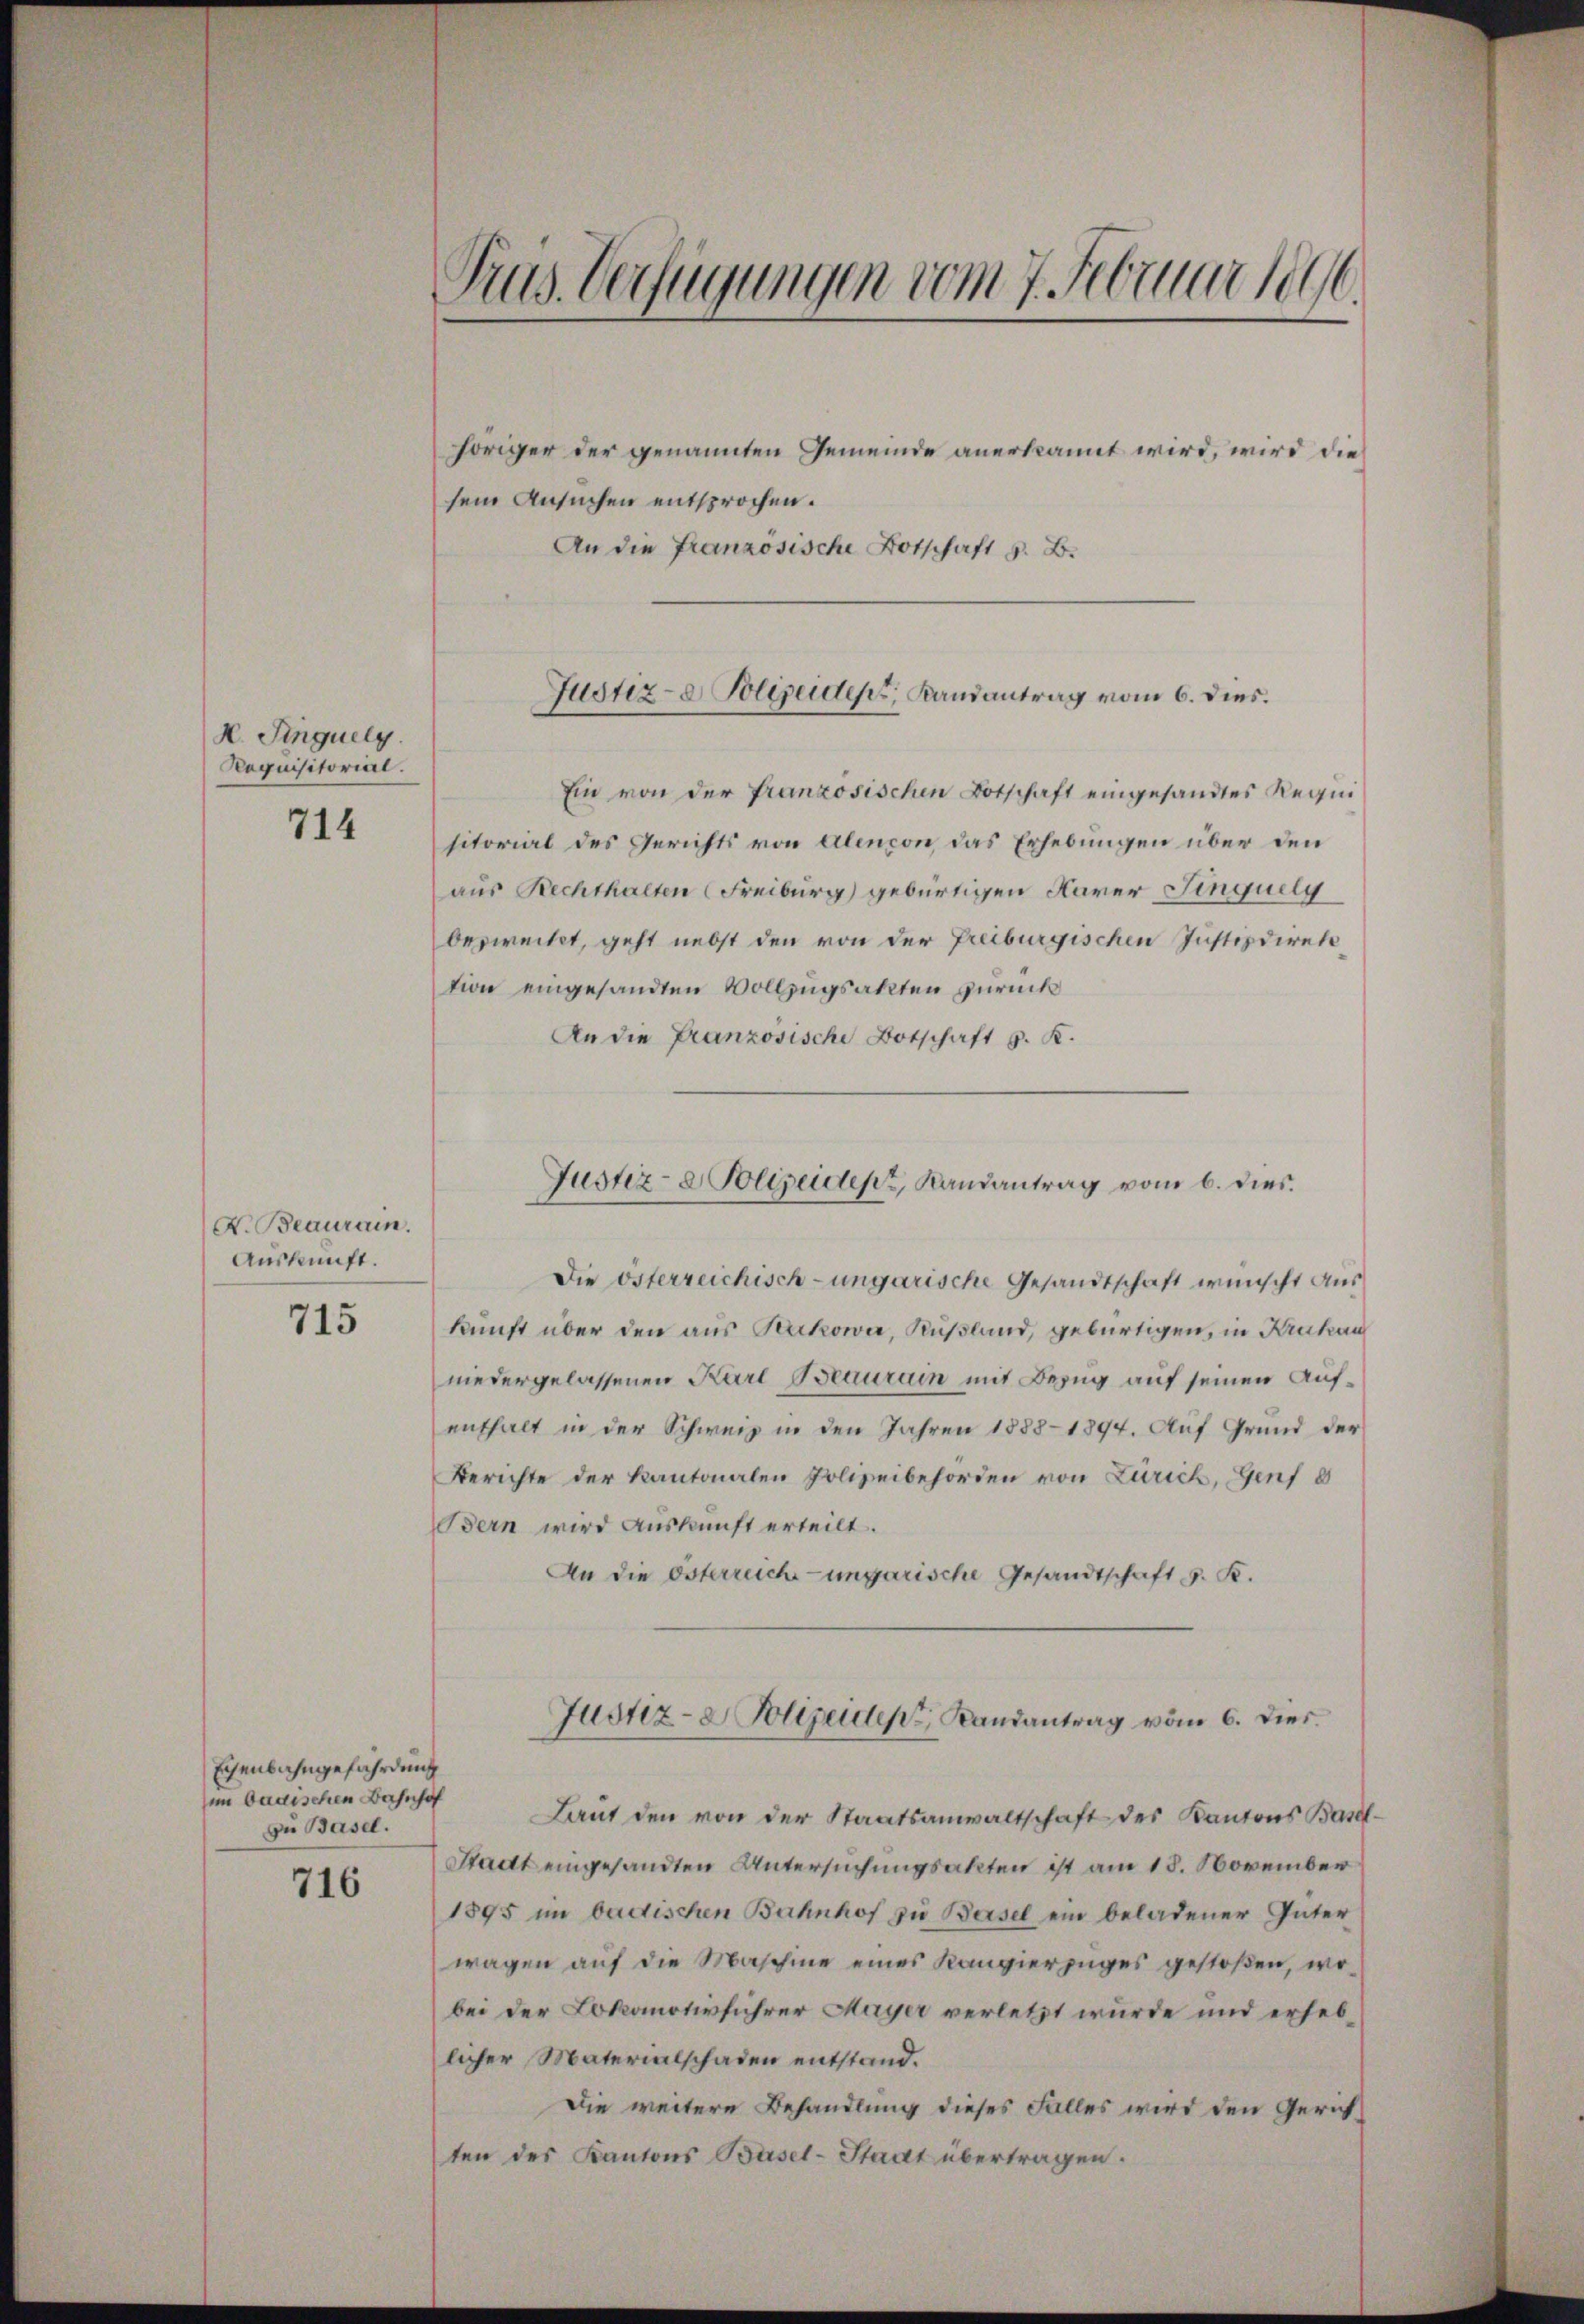
H. Singuelg.
Requisitorial.

714

X. Beaurain.
Auskunft.

715

Eisenbahngefährdung
im badischen Bahnhof
zu Basel.

716

Trus Verfügungen vom 7. Februar 1896.

höriger der genannten Gemeinde anerkannt wird, wird die
sein Ansuchen entsprochen.
An die französische Botschaft z. B.

Ein von der französischen Botschaft eingesandtes Requisitorial des Gerichts von Alencon, das Erhebungen über den
aus Rechthalten (Freiburg gebürtigen Karer Finquelg
bezweitet, geht nebst den von der Freiburgischen Justizdirektion eingesandten Vollzugsakten zurück
An die Französische Botschaft G. K.
Die österreichisch-ungarische Gesandtschaft wünscht aus
kunft über den aus Sukowa, Kußland, gebürtigen, in Krakau
niedergelassenen Karl Beaurain mit Bezug auf seinen Aufenthalt in der Schweiz in den Jahren 1888-1894. Auf Grund der
Berichte der Kantonalen Polizeibehörden von Zürich, Genf d
Bern wird Auskunft erteilt.
An die Osterreich-ungarische Gesandtschaft S. K.
Justiz-Polizeiden Randantrag vom 6. Dies
Laut den von der Staatsanwaltschaft des Kantons Basel¬
Stadt eingesandten Untersuchungsakten ist am 18. November
1895 im badischen Bahnhof zu Basel ein beladener Güter
wagen auf die Maschine eines Kandierzuges gestoßen, wobei der Lokomotivführer Mayer verletzt wurde und erheblicher Materialschaden entstand.
Die weitere Behandlung dieses Falles wird den Gerichten des Kantons Basel-Stadt übertragen.

Justiz- & Polizeides, Randantrag vom 6. dies.

Justiz- & Polizeidenz, Randantrag vom 6. dies